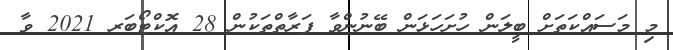
މި މަސައްކަތަށް ބީލަން ހުށަހަޅަން ބޭނުންވާ ފަރާތްތަކުން 28 އޮކްޓޯބަރ 2021 ވާ